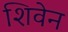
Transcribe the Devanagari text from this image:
शिवेन